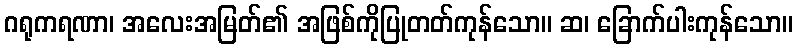
ဂရုကရဏာ၊ အလေးအမြတ်၏ အဖြစ်ကိုပြုတတ်ကုန်သော။ ဆ၊ ခြောက်ပါးကုန်သော။